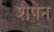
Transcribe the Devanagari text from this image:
शैपेन